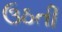
ઉઠતી